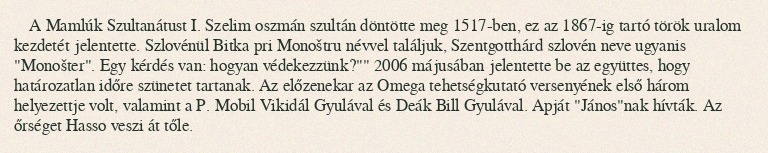
A Mamlúk Szultanátust I. Szelim oszmán szultán döntötte meg 1517-ben, ez az 1867-ig tartó török uralom kezdetét jelentette. Szlovénül Bitka pri Monoštru névvel találjuk, Szentgotthárd szlovén neve ugyanis "Monošter". Egy kérdés van: hogyan védekezzünk?"" 2006 májusában jelentette be az együttes, hogy határozatlan időre szünetet tartanak. Az előzenekar az Omega tehetségkutató versenyének első három helyezettje volt, valamint a P. Mobil Vikidál Gyulával és Deák Bill Gyulával. Apját "János"nak hívták. Az őrséget Hasso veszi át tőle.